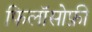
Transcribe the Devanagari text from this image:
फिलॉसोफ़ी